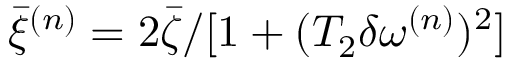
\bar { \xi } ^ { ( n ) } = 2 \bar { \zeta } / [ 1 + ( T _ { 2 } \delta \omega ^ { ( n ) } ) ^ { 2 } ]